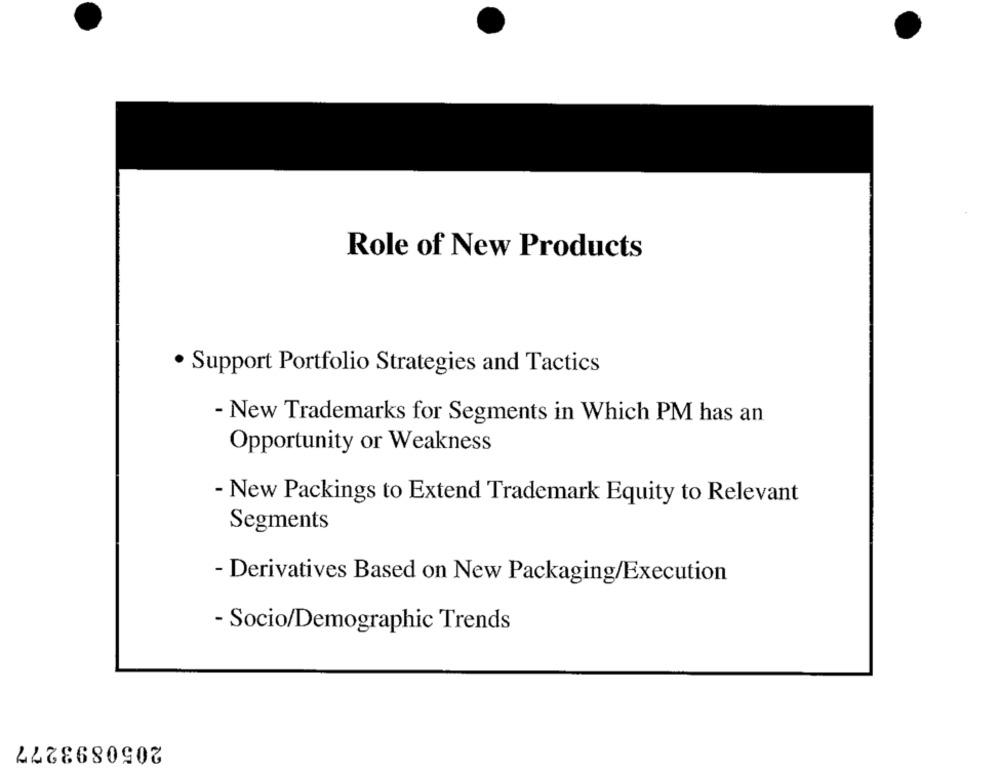
Role of New Products
· Support Portfolio Strategies and Tactics
- New Trademarks for Segments in Which PM has an
Opportunity or Weakness
- New Packings to Extend Trademark Equity to Relevant
Segments
- Derivatives Based on New Packaging/Execution
- Socio/Demographic Trends
2050893277